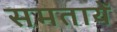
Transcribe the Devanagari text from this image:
समतायें